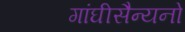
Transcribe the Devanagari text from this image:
गांघीसैन्यनो